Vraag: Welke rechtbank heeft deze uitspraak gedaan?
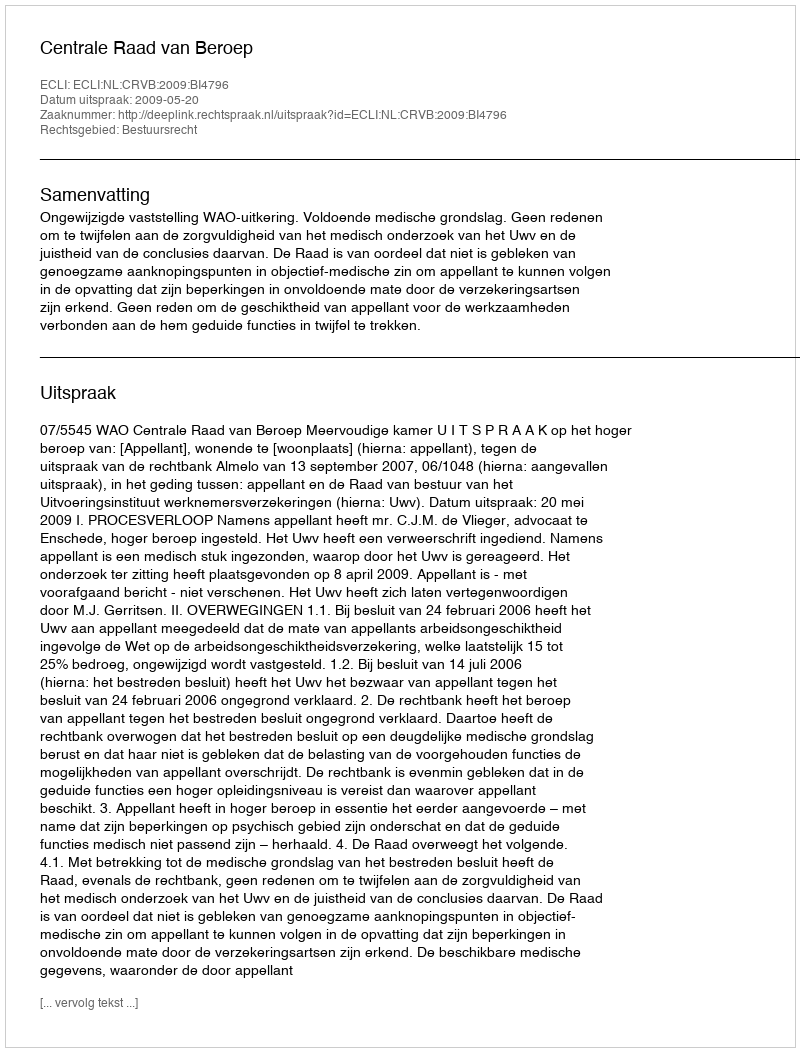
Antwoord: Centrale Raad van Beroep